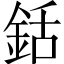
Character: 銛